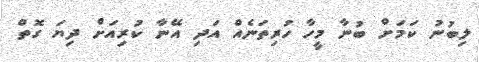
ލިބުނު ކަމަށް ބުނާ މީހާ ހުރިތަނެއް އަދި އޭނާ ކުރިއަށް ދިޔަ ގޮތް